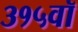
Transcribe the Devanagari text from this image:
३१५वॉ